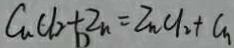
C _ { n } C l _ { 2 } + Z n = Z n C l _ { 2 } + G _ { n }